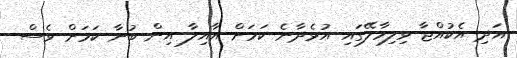
އަދި އެކުއްޖާ ވިލިމާލޭގައި އުޅެދާނެ ކަމަށް އާއިލާ އިން ބުނާ ކަމަށް ވެސް